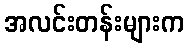
အလင်းတန်းများက